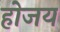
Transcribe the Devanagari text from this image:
होजय